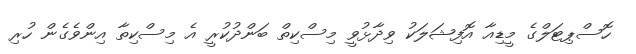
ހޮސްޕިޓަލްގެ މީޑިއާ އޮފިޝަލަކު ވިދާޅުވީ މިސްކިތް ބަންދުކުރީ އެ މިސްކިތާ އިންވެެގެން ހުރި